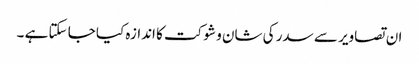
ان تصاویر سے سدر کی شان و شوکت کا اندازہ کیا جا سکتا ہے ۔